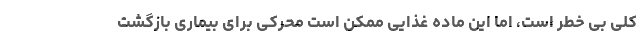
کلی بی خطر است، اما این ماده غذایی ممکن است محرکی برای بیماری بازگشت